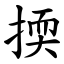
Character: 㨎